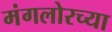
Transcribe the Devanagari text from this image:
मंगलोरच्या